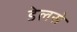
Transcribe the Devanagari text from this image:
डेलसे